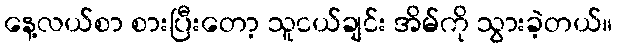
နေ့လယ်စာ စားပြီးတော့ သူငယ်ချင်း အိမ်ကို သွားခဲ့တယ်။